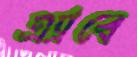
এ্যাবে